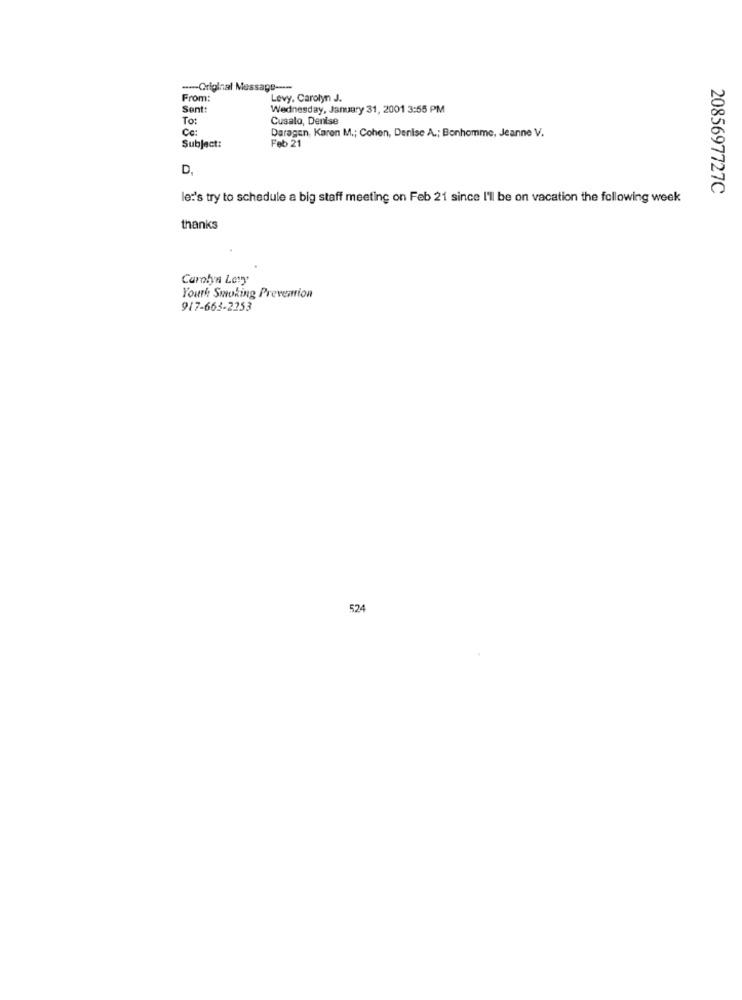
--- Original Message ----
From:
Levy, Carolyn J.
Sent:
Wednesday, January 31, 2001 3:55 PM
To:
Cusalo, Denise
Cc:
Daragen, Karen M .; Cohen, Denise A .; Bonhomme, Jeanne V.
Feb 21
Subject:
D,
2085697727C
let's try to schedule a big staff meeting on Feb 21 since I'll be on vacation the following week
thanks
Carolyn Lety
Youth Smoking Prevention
917-663-2253
524